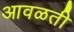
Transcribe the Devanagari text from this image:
आवळती